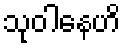
သုဝါနေဟိ